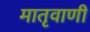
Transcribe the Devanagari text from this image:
मातृवाणी